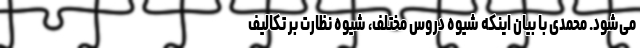
می‌شود. محمدی با بیان اینکه شیوه دروس مختلف، شیوه نظارت بر تکالیف